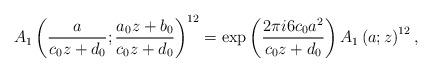
LaTeX: \begin{align*}A_{1}\left(\frac{a}{c_0z+d_0};\frac{a_0z+b_0}{c_0z+d_0}\right)^{12}=\exp\left(\frac{2\pi i 6c_0 a^2}{c_0z+d_0}\right)A_{1}\left(a;z\right)^{12},\end{align*}